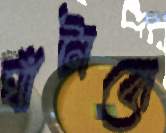
ঘাঁটাবো